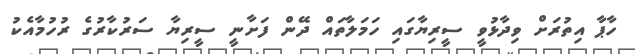
ހާޕާ އިތުރަށް ވިދާޅުވީ ސީރިޔާގައި ހަމަލާތައް ދޭން ފަށާނީ ސީރިޔާ ސަރުކާރުގެ ރުހުމާއެކު